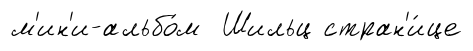
м'ин'и-альбо́м Шильц стран'и́це